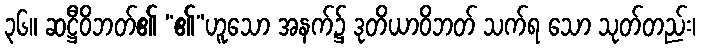
၃၆။ ဆဋ္ဌီဝိဘတ်၏ “၏”ဟူသော အနက်၌ ဒုတိယာဝိဘတ် သက်ရ သော သုတ်တည်း၊